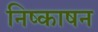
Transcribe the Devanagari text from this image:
निष्काषन